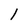
Character: l